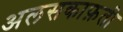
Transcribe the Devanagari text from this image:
अलसकाफ़ती